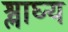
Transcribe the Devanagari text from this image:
श्लाघ्य